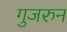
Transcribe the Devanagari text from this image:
गुजरुन